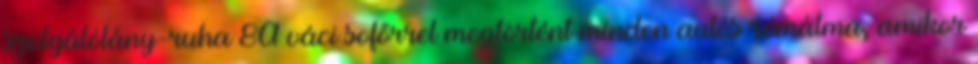
szolgálólány-ruha 8A váci sofőrrel megtörtént minden autós rémálma, amikor